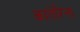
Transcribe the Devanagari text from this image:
कातेरिना